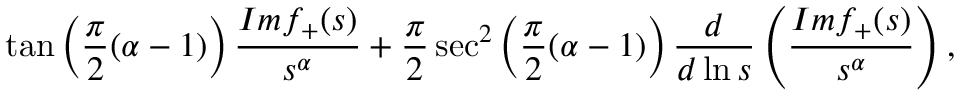
\tan \left( \frac { \pi } { 2 } ( \alpha - 1 ) \right) \frac { I m f _ { + } ( s ) } { s ^ { \alpha } } + \frac { \pi } { 2 } \sec ^ { 2 } \left( \frac { \pi } { 2 } ( \alpha - 1 ) \right) \frac { d } { d \ln s } \left( \frac { I m f _ { + } ( s ) } { s ^ { \alpha } } \right) ,